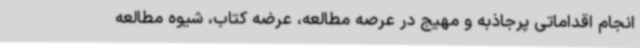
انجام اقداماتی پرجاذبه و مهیج در عرصه مطالعه، عرضه کتاب، شیوه مطالعه